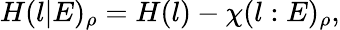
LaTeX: H(l|E)_{\rho}=H(l)-\chi(l:E)_{\rho},